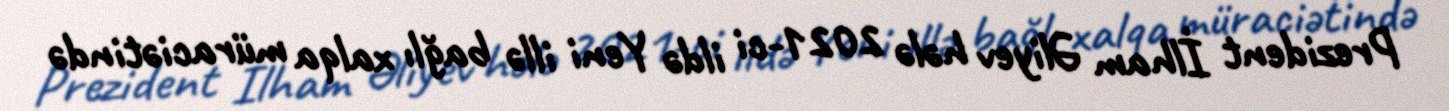
Prezident İlham Əliyev hələ 2021-ci ildə Yeni illə bağlı xalqa müraciətində